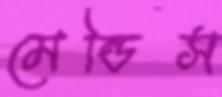
মেন্ডিস